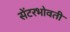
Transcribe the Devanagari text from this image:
सेंटरभोवती